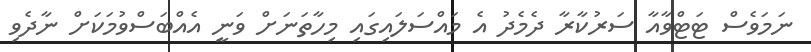
ނަމަވެސް ޓަޓްވާއާ ސަރުކާރާ ދެމެދު އެ މައްސަލައިގައި މިހާތަނަށް ވަނީ އެއްބަސްވުމަކަށް ނާދެވި